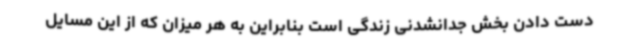
دست دادن بخش جدانشدنی زندگی است بنابراین به هر میزان که از این مسایل